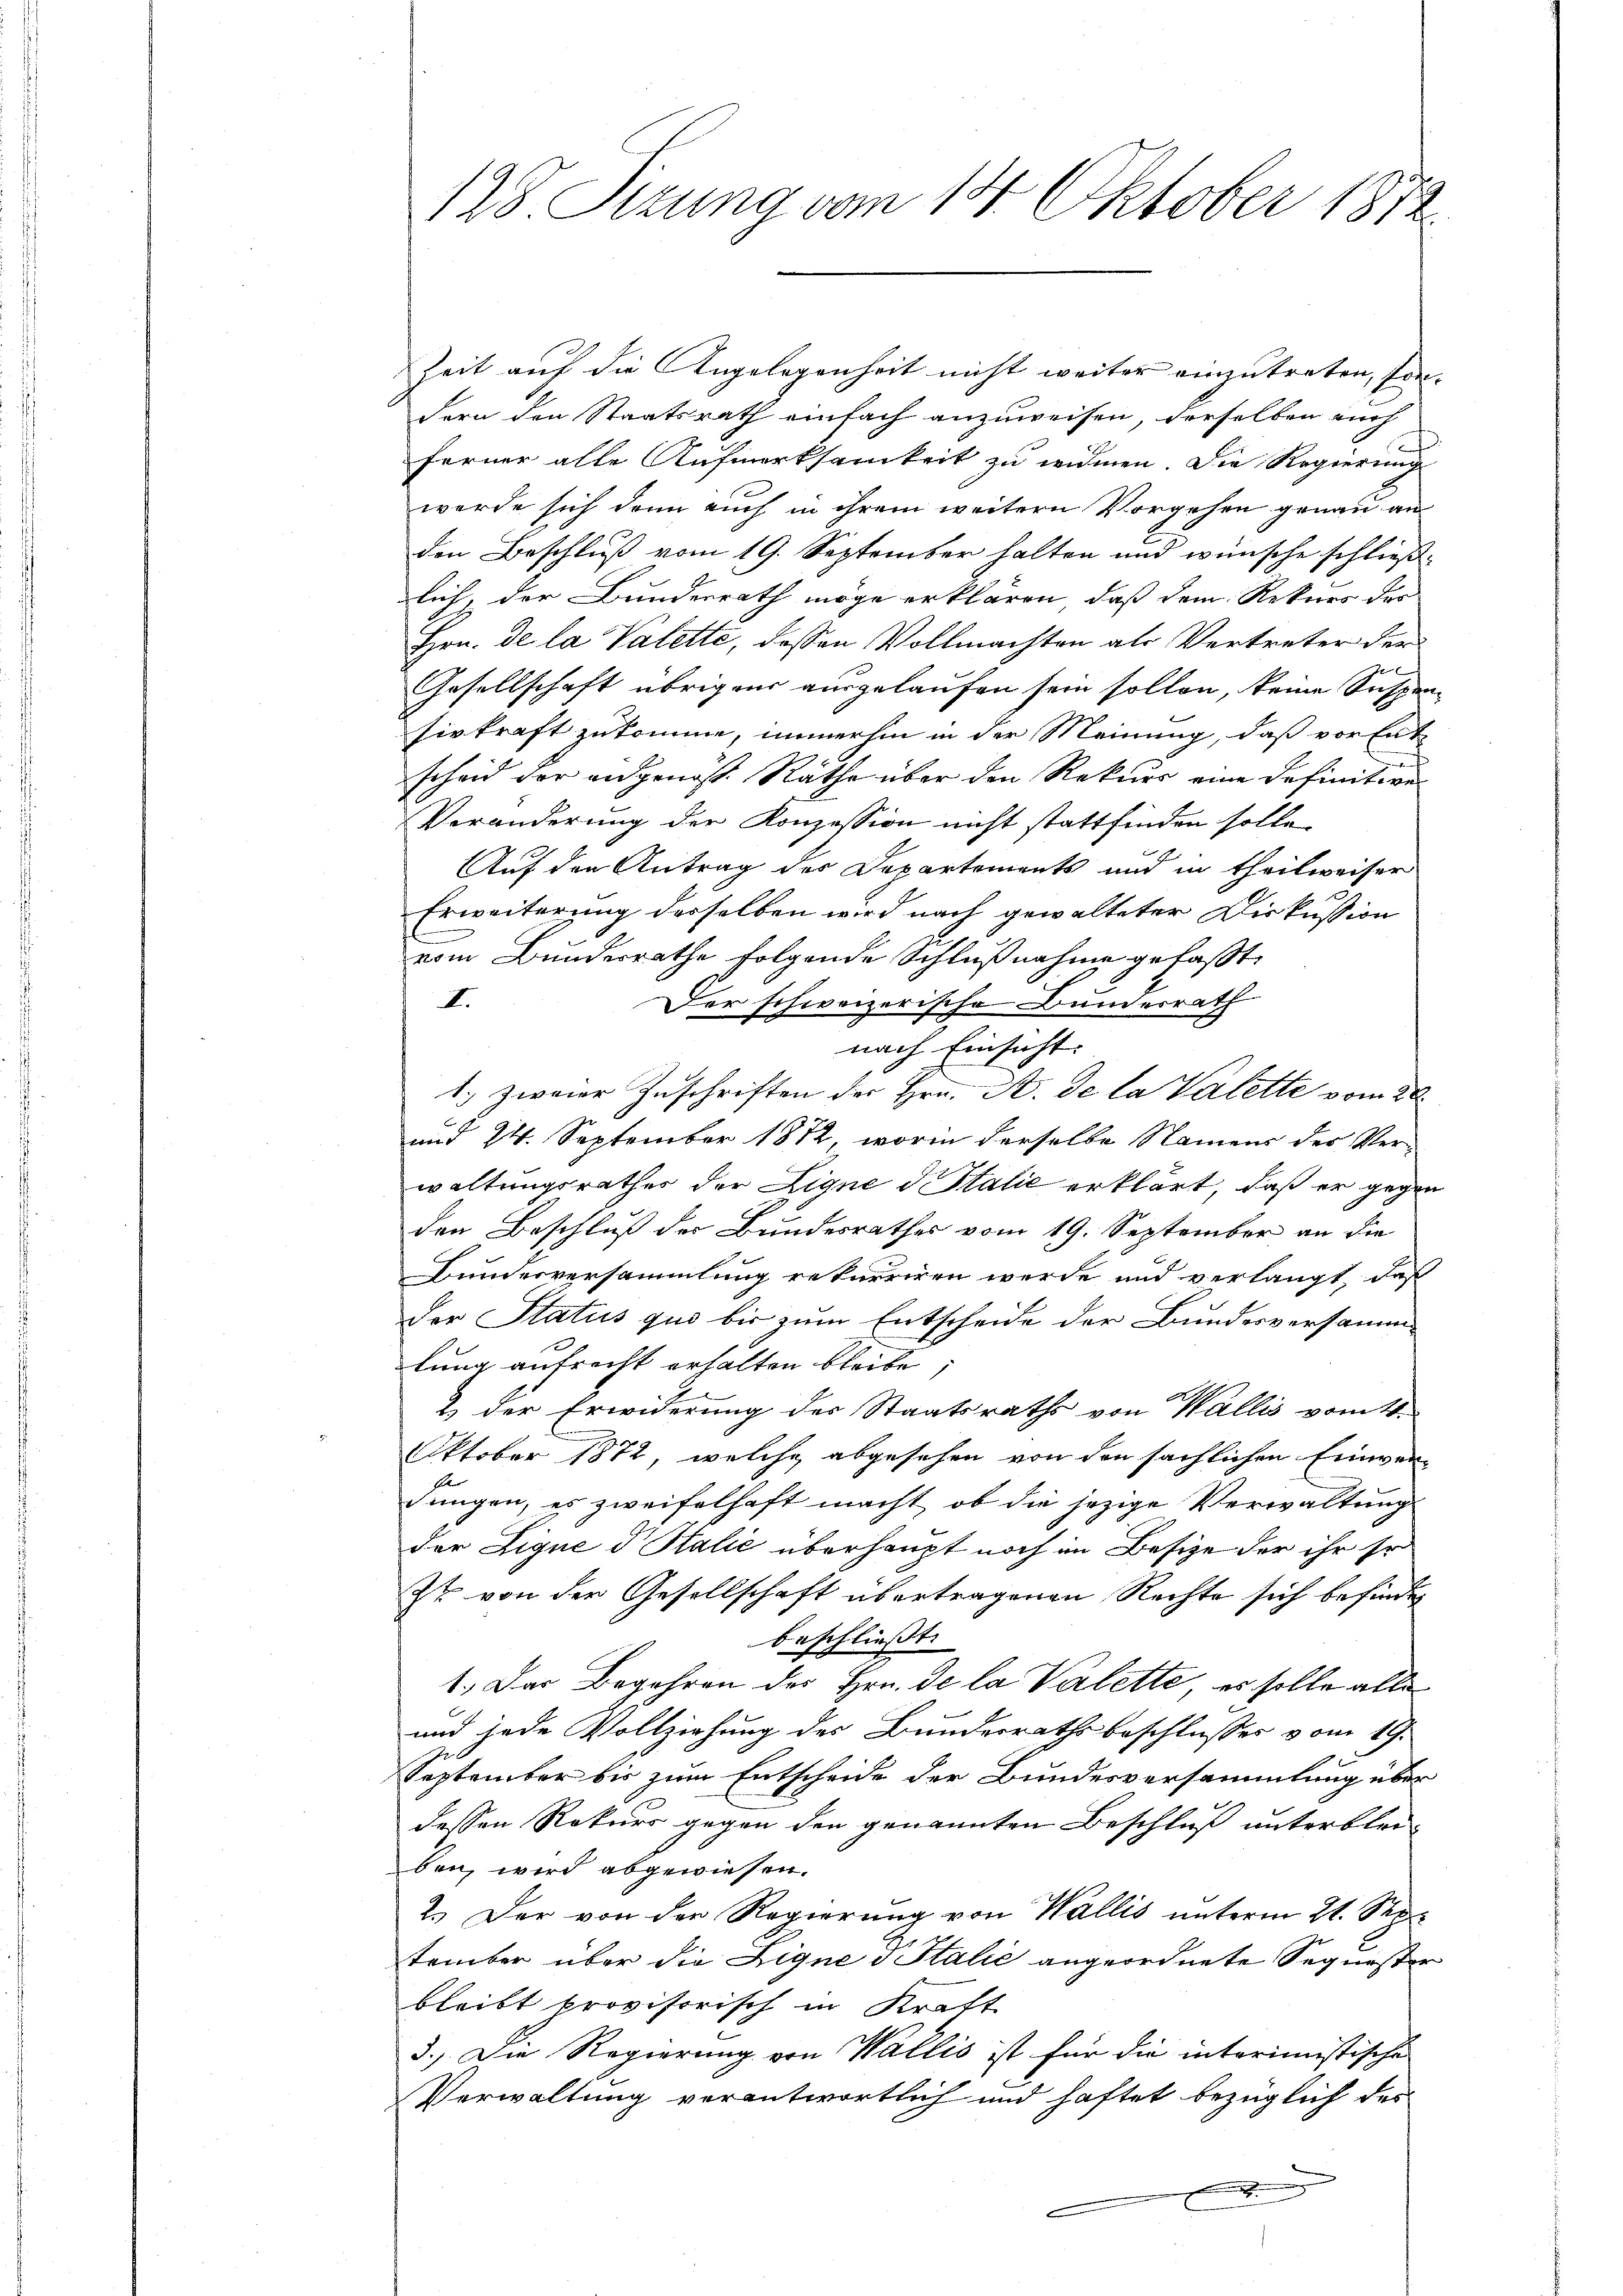
128 Sizung vom 14. Oktober 1872

Zeit auf die Angelegenheit nicht weiter einzutreten, son-
dern den Staatsrath einfach anzuweisen, derselben auch
ferner alle Aufmerksamkeit zu widmen. Die Regierung
werde sich dann auch in ihrem weitern Vorgehen genau an
den Beschluß vom 19. September halten und wünsche schließlich, der Bundesrath möge erklären, daß dem Rekurs des
Hrn. de la Valette, dessen Vollmachten als Vertreter der
Gesellschaft übrigens ausgelaufen sein sollen, keine Suspensirkraft zukomme, immerhin in der Meinung, daß vor Ent-
scheid der angenos. Räthe über den Rekurs eine Definitive
Veränderung der Konzession nicht stattfinden solle,
Auf den Antrag des Departements und in theilweiser
Erweiterung derselben wird nach gewalteter Diskussion
vom Bundesrathe folgende Schlußnahme gefaßt,
I.
Der schweizerische Bundesrath
nach Einsicht.
1. zweier Zuschriften der Hrn. A. de la Valette vom 20.
und 24. September 1872, worin derselbe Namens des Verwaltungsrathes der Eigne d. Stalić erklärt, daß er gegen
den Beschluß der Bundesrathes vom 19. September an die
Bundesversammlung rekurriren werde und verlangt, daß
der Status quo bis zum Entscheide der Bundesversamm
lung aufrecht erhalten bleibe
2 der Erwiderung des Staatsraths von Wallis vom 11.
Oktober 1872, welche abgesehen von den sächlichen Einwerdungen, es zweifelhaft macht, ob die jezige Verwaltung
der Eigne d Stalić überhaupt noch im Besize der ihr so
Zt. von der Gesellschaft übertragenen Rechte sich befinden
beschließt:
1.) Das Begehren des Hrn. De la Valette, es solle alle
und jede Vollziehung des Bundesrathsbeschlusses vom 19.
September bis zum Entscheide der Bundesversammlung über
dessen Rekurs gegen den genannten Beschluß unterblei-
ben wird abgewiesen.
2.) Der von der Regierung von Wallis unterm 21. Sep
tember über die Ligne d Italie angeordnete Sequester
bleibt provisorisch in Kraft
3.) Die Regierung von Wallis ist für die interimistische
Verwaltung verantwortlich und haftet bezüglich des
f